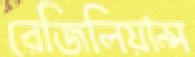
রেজিলিয়ান্স